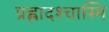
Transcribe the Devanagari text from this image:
प्रह्लादश्चास्मि